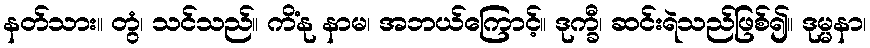
နတ်သား။ တွံ၊ သင်သည်။ ကိံနု နာမ၊ အဘယ်ကြောင့်။ ဒုက္ခီ၊ ဆင်းရဲသည်ဖြစ်၍။ ဒုမ္မနာ၊